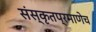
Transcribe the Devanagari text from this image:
संस्कृतप्रमाणेच